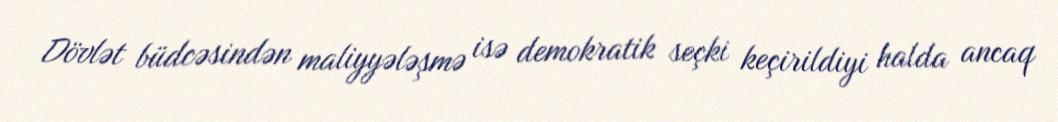
Dövlət büdcəsindən maliyyələşmə isə demokratik seçki keçirildiyi halda ancaq